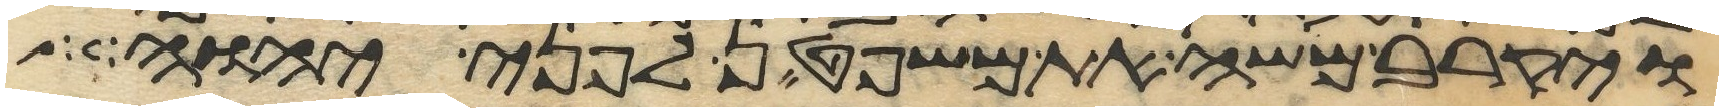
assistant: ויקרב משה את משפטן לפני יהוה